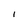
Character: I